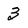
Character: 3